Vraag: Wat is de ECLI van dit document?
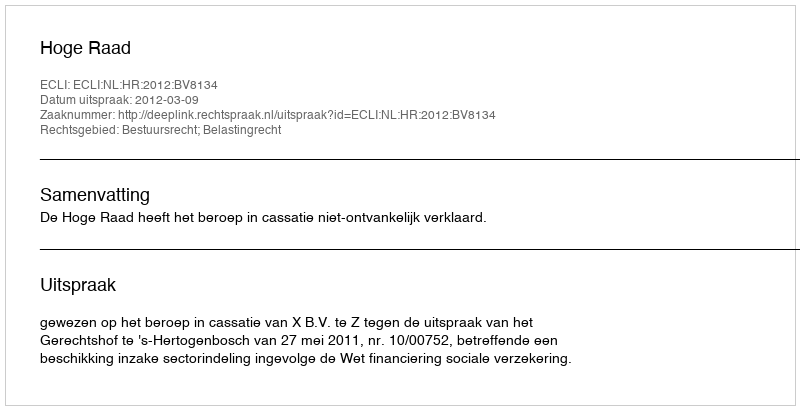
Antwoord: ECLI:NL:HR:2012:BV8134